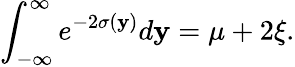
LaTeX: \int_{-\infty}^{\infty}e^{-2\sigma(\mathbf{y})}d\mathbf{y}=\mu+2\xi.